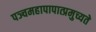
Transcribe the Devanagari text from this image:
पञ्चमहापापात्प्रमुच्यते